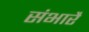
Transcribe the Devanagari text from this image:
संभारै